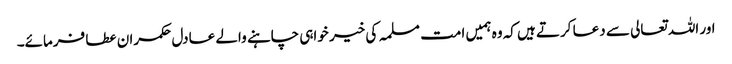
اور اللہ تعالی سے دعا کرتے ہیں کہ وہ ہمیں امت مسلمہ کی خیر خواہی چاہنے والے عادل حکمران عطا فرمائے۔